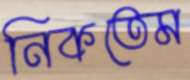
নিকতেম